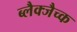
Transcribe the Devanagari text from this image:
ब्लैक्जैच्क